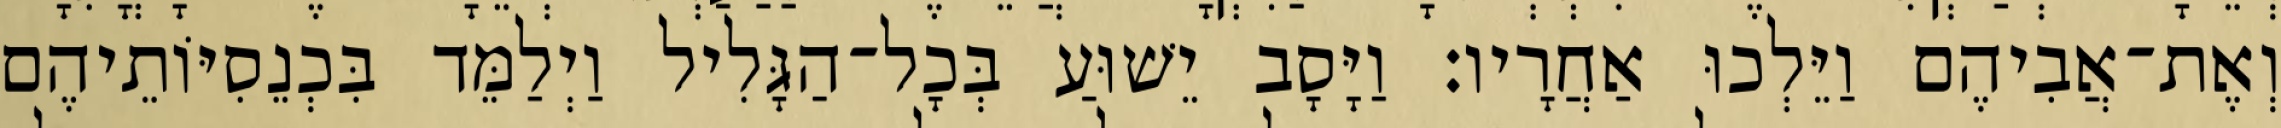
וְאֶת־אֲבִיהֶם וַיֵּלְכוּ אַחֲרָיו׃ וַיָּסָב יֵשׁוּעַ בְּכָל־הַגָּלִיל וַיְלַמֵּד בִּכְנֵסִיּוֹתֵיהֶם